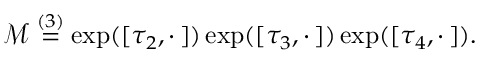
\mathcal { M } \overset { ( 3 ) } { = } \exp ( [ \tau _ { 2 } , \cdot \, ] ) \exp ( [ \tau _ { 3 } , \cdot \, ] ) \exp ( [ \tau _ { 4 } , \cdot \, ] ) .